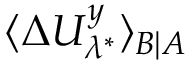
\langle \Delta U _ { \lambda ^ { * } } ^ { y } \rangle _ { B | A }